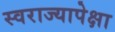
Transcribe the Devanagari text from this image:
स्वराज्यापेक्षा